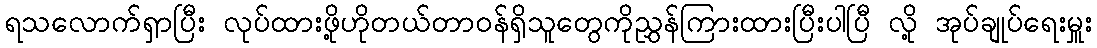
ရသလောက်ရှာပြီး လုပ်ထားဖို့ဟိုတယ်တာဝန်ရှိသူတွေကိုညွှန်ကြားထားပြီးပါပြီ လို့ အုပ်ချုပ်ရေးမှူး